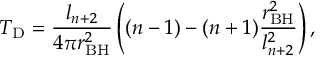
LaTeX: T _ { \mathrm { D } } = \frac { l _ { n + 2 } } { 4 \pi r _ { \mathrm { B H } } ^ { 2 } } \left( ( n - 1 ) - ( n + 1 ) \frac { r _ { \mathrm { B H } } ^ { 2 } } { l _ { n + 2 } ^ { 2 } } \right) ,